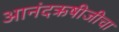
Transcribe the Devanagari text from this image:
आनंदऋषीजीचा